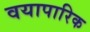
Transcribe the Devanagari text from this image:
वयापारिक